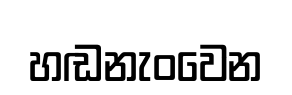
හඬනැංවෙන